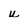
Character: u